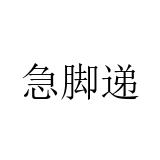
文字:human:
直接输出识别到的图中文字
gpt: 急脚递